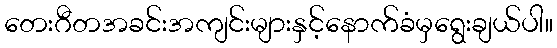
တေးဂီတအခင်းအကျင်းများနှင့်နောက်ခံမှရွေးချယ်ပါ။